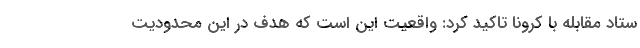
ستاد مقابله با کرونا تاکید کرد: واقعیت این است که هدف در این محدودیت